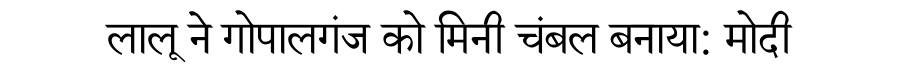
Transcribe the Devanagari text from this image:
लालू ने गोपालगंज को मिनी चंबल बनाया: मोदी